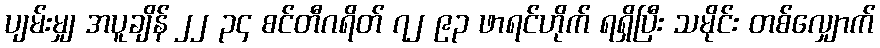
ပျမ်းမျှ အပူချိန် ၂၂ ၃၄ စင်တီဂရိတ် ၇၂ ၉၃ ဖာရင်ဟိုက် ရရှိပြီး သမိုင်း တစ်လျှောက်